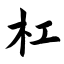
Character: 杠